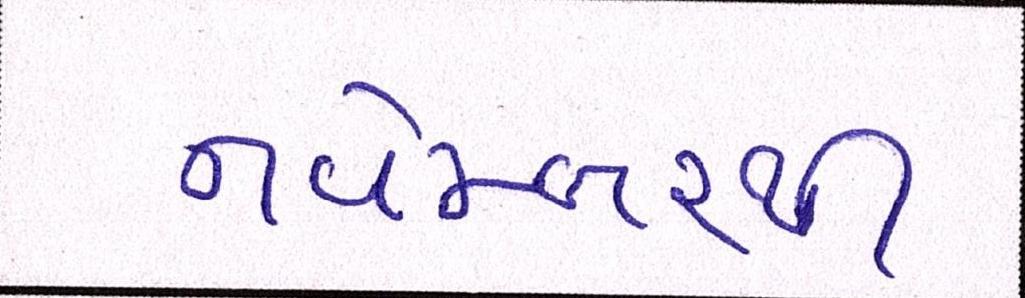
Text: નવેમ્બરથી